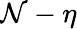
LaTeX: \mathcal{N}-\eta